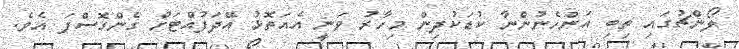
ލޯންޗުގައި ތިބި އަންހެނުންނާ ކުޑަކުދިން މިހާރު ވަނީ އެއަތޮޅު އޭދަފުއްޓަށް ގެންގޮސްފަ އެވެ.